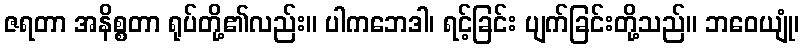
ဇရတာ အနိစ္စတာ ရုပ်တို့၏လည်း။ ပါကဘေဒါ၊ ရင့်ခြင်း ပျက်ခြင်းတို့သည်။ ဘဝေယျုံ၊